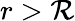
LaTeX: r>\mathcal{R}